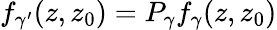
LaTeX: f_{\gamma^{\prime}}(z,z_{0})=P_{\gamma}f_{\gamma}(z,z_{0})